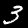
Digit: 3